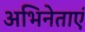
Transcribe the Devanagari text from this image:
अभिनेताएं